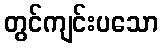
တွင်ကျင်းပသော